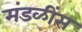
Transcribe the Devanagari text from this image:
मंडळींस